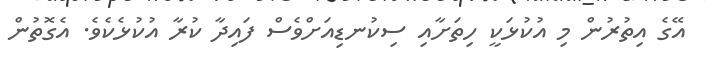
އޭގެ އިތުރުން މި އުކުޅަކީ ހިތަށާއި ސިކުނޑިއަށްވެސް ފައިދާ ކުރާ އުކުޅެކެވެ. އެގޮތުން